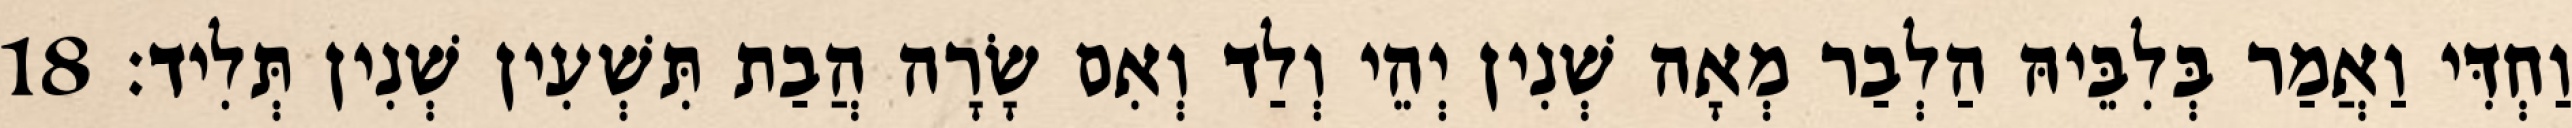
וַחְדִּי וַאֲמַר בְּלִבֵּיהּ הַלְבַר מְאָה שְׁנִין יְהֵי וְלַד וְאִם שָׂרָה הֲבַת תִּשְׁעִין שְׁנִין תְּלִיד׃ 18